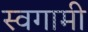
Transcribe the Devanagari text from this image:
स्वगामी